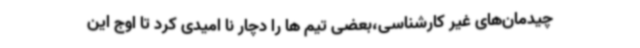
چیدمان‌های غیر کارشناسی،بعضی تیم ها را دچار نا امیدی کرد تا اوج این